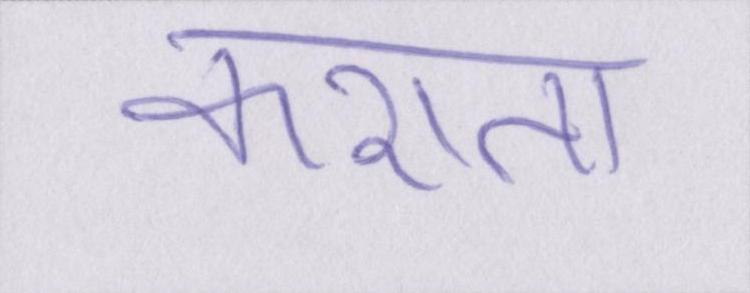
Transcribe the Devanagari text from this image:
कराता